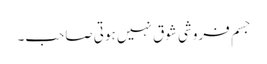
جسم فروشی شوق نہیں ہوتی صاحب۔